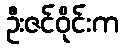
ဦးဇင်ဝိုင်းက